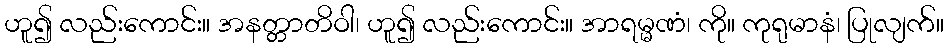
ဟူ၍ လည်းကောင်း။ အနတ္တာတိဝါ၊ ဟူ၍ လည်းကောင်း။ အာရမ္မဏံ၊ ကို။ ကုရုမာနံ၊ ပြုလျက်။